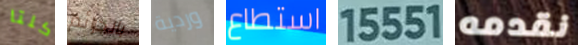
كلتا بالجرائم وردية استطاع 15551 نقدمه